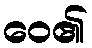
ဝေ၏